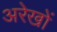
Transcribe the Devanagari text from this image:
अरेखों